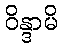
ဝိန္ဒာမိ